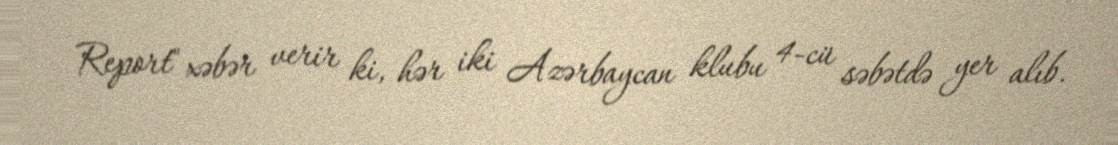
Report" xəbər verir ki, hər iki Azərbaycan klubu 4-cü səbətdə yer alıb.